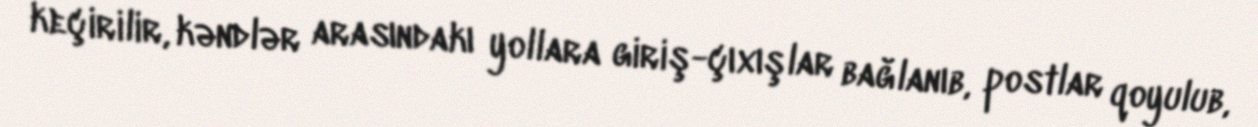
keçirilir, kəndlər arasındakı yollara giriş-çıxışlar bağlanıb, postlar qoyulub,